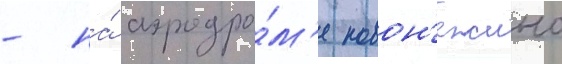
- на́ аэродро́м'е новон'ежино